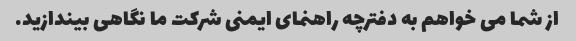
از شما می خواهم به دفترچه راهنمای ایمنی شرکت ما نگاهی بیندازید.